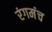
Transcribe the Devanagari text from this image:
रंगमंंच